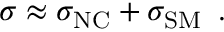
\sigma \approx \sigma _ { \mathrm { N C } } + \sigma _ { \mathrm { S M } } \, \, \, .